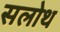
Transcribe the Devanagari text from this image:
सलोथ